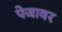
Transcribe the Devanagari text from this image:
पेजावर